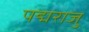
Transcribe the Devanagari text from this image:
पद्मराजु